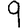
Digit: 9